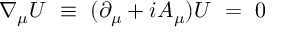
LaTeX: \nabla _ { \mu } U ~ \equiv ~ ( \partial _ { \mu } + i A _ { \mu } ) U ~ = ~ 0